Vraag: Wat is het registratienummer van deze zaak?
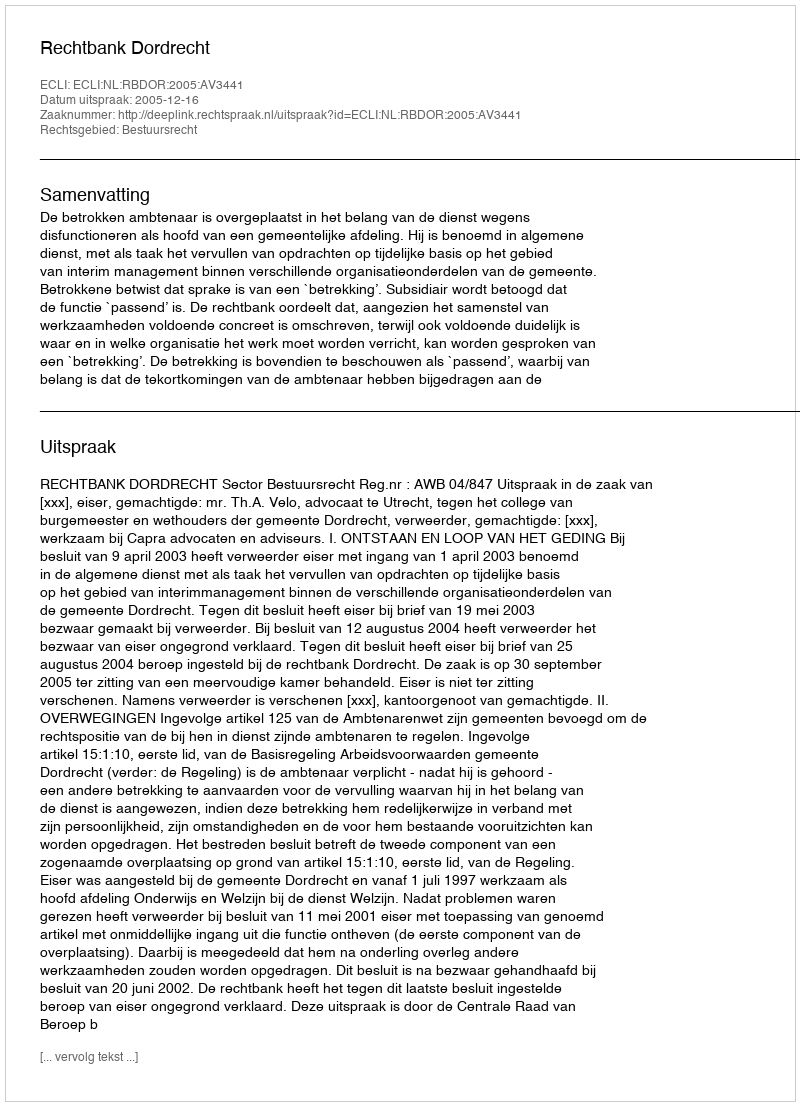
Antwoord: http://deeplink.rechtspraak.nl/uitspraak?id=ECLI:NL:RBDOR:2005:AV3441